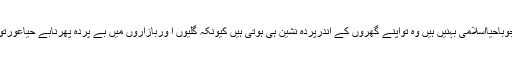
وَیسے بھی جوباحیااسلامی بہنیں ہیں وہ تواپنے گھروں کے اندرپردہ نشین ہی ہوتی ہیں کیونکہ گلیوں ا وربازاروں میں بے پردہ پھرنابے حَیاعورَتوں کاکام ہے۔